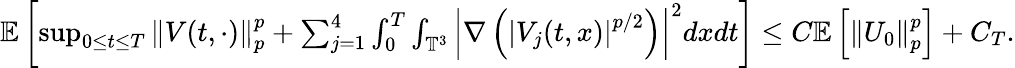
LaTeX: \begin{array}{r}{\mathbb{E}\left[\operatorname*{sup}_{0\leq t\leq T}\left\| V(t,\cdot)\right\| _{p}^{p}+\sum_{j=1}^{4}\int_{0}^{T}\int_{\mathbb{T}^{3}}\left|\nabla\left(\left|V_{j}(t,x)\right|^{p/2}\right)\right|^{2}dxdt\right]\leq C\mathbb{E}\left[\left\| U_{0}\right\| _{p}^{p}\right]+C_{T}.}\end{array}